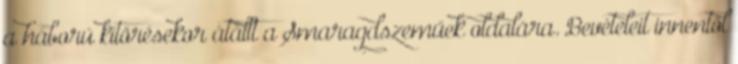
a háború kitörésekor átállt a Smaragdszeműek oldalára. Bevételeit innentől